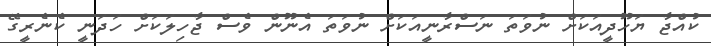
ކުއްޖާ ޔަހޫދީއަކަށް ނުވަތަ ނަސްރާނީއަކަށް ނުވަތަ އެނޫން ވެސް ޖާހިލަކަށް ހަދަނީ ކެނެރީގޭ